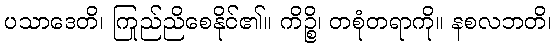
ပသာဒေတိ၊ ကြည်ညိုစေနိုင်၏။ ကိဉ္စိ၊ တစုံတရာကို။ နစလဘတိ၊